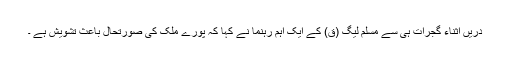
دریں اثناء گجرات ہی سے مسلم لیگ (ق) کے ایک اہم رہنما نے کہا کہ پورے ملک کی صورتحال باعث تشویش ہے ۔